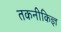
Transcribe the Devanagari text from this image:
तकनीकिज्ञ